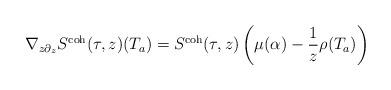
LaTeX: \begin{align*} \nabla_{z \partial_z } S^\textnormal{coh}(\tau,z)(T_a) = S^\textnormal{coh}(\tau,z) \left(\mu(\alpha)-\frac{1}{z}\rho(T_a) \right) \end{align*}